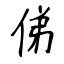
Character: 俤